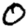
Digit: 0